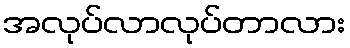
အလုပ်လာလုပ်တာလား